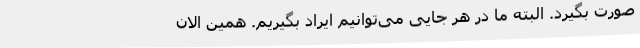
صورت بگیرد. البته ما در هر جایی می‌توانیم ایراد بگیریم. همین الان